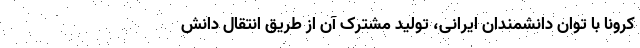
کرونا با توان دانشمندان ایرانی، تولید مشترک آن از طریق انتقال دانش